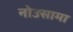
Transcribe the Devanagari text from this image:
नोउसामा